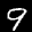
Label: 9